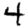
Digit: 4